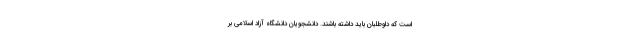
است که داوطلبان باید داشته باشند. دانشجویان دانشگاه آزاد اسلامی بر